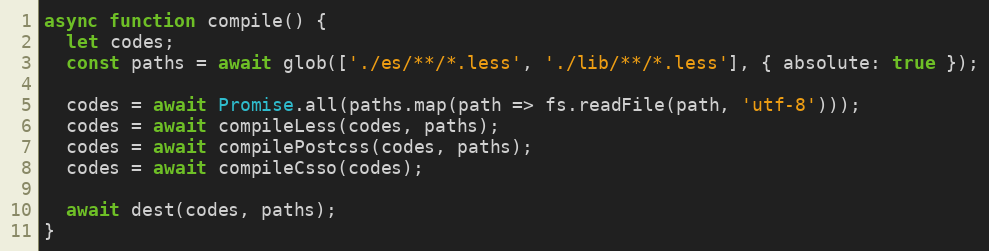
Language: JavaScript
async function compile() {
  let codes;
  const paths = await glob(['./es/**/*.less', './lib/**/*.less'], { absolute: true });

  codes = await Promise.all(paths.map(path => fs.readFile(path, 'utf-8')));
  codes = await compileLess(codes, paths);
  codes = await compilePostcss(codes, paths);
  codes = await compileCsso(codes);

  await dest(codes, paths);
}